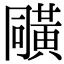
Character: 𪎼